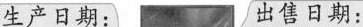
生产日期： 出售日期：